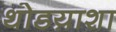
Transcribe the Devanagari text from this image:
थोडय़ाशा